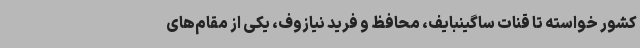
کشور خواسته تا قنات ساگینبایف، محافظ و فرید نیازوف، یکی از مقام‌های